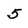
Character: 5